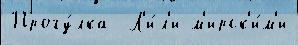
Прогу́лка  Л'и́л'и м'ирск'и́м'и